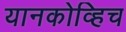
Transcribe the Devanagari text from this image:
यानकोव्हिच